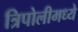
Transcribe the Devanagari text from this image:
त्रिपोलीमध्ये